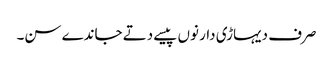
صرف دیہاڑی دار نوں پیسے دتے جاندے سن۔